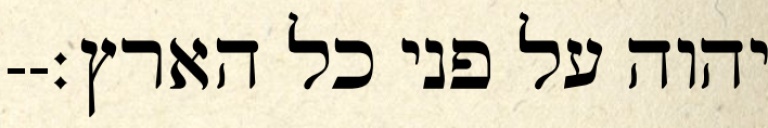
יהוה על פני כל הארץ׃--